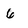
Character: 6